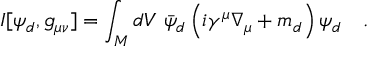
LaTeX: I [ \psi _ { d } , g _ { \mu \nu } ] = \int _ { \cal M } d V ~ \bar { \psi } _ { d } \left( i \gamma ^ { \mu } \nabla _ { \mu } + m _ { d } \right) \psi _ { d } ~ ~ ~ .